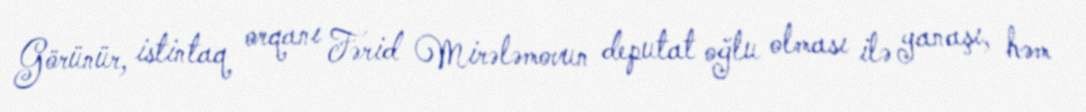
Görünür, istintaq orqanı Fərid Mirələmovun deputat oğlu olması ilə yanaşı, həm